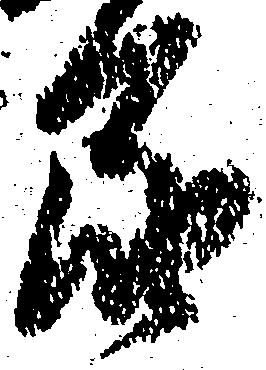
届